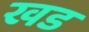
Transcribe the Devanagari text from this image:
खड